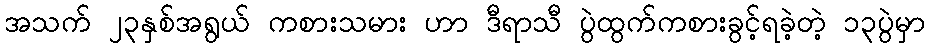
အသက် ၂၃နှစ်အရွယ် ကစားသမား ဟာ ဒီရာသီ ပွဲထွက်ကစားခွင့်ရခဲ့တဲ့ ၁၃ပွဲမှာ